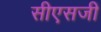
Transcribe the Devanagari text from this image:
सीएसजी